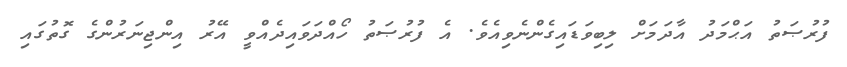
ފުރުޞަތު އަޙްމަދު އާދަމަށް ލިބިވަޑައިގެންނެވިއެވެ. އެ ފުރުޞަތު ހޯއްދަވައިދެއްވީ އޭރު އިންޖިނަރުންގެ ގޮތުގައި